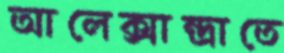
আলেক্সান্দ্রাতে